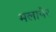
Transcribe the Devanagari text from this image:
मलायेर